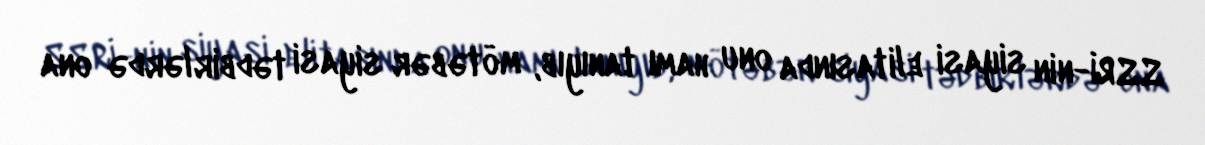
SSRİ-nin siyasi elitasında onu hamı tanıyıb, mötəbər siyasi tədbirlərdə ona